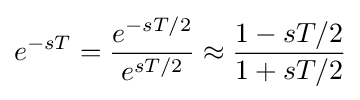
e^{-sT}={\frac {e^{-sT/2}}{e^{sT/2}}}\approx {\frac {1-sT/2}{1+sT/2}}